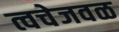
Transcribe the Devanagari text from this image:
त्वचेजवळ